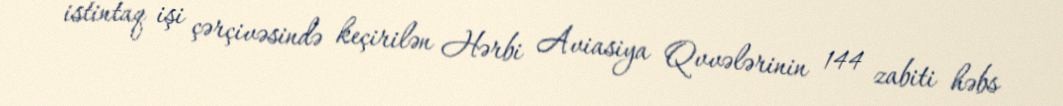
istintaq işi çərçivəsində keçirilən Hərbi Aviasiya Qvvələrinin 144 zabiti həbs